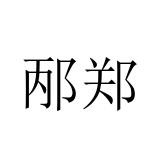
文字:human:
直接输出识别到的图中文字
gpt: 邴郑